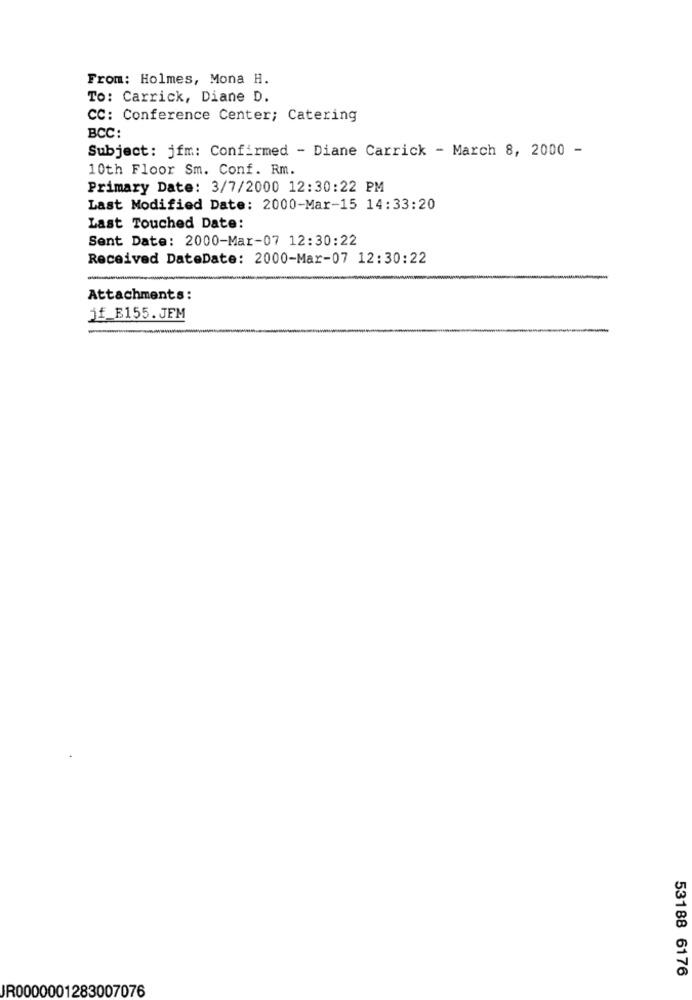
From: Holmes, Mona H.
To: Carrick, Diane D.
CC: Conference Center; Catering
BCC:
Subject: jfm: Confirmed - Diane Carrick - March 8, 2000 -
10th Floor Sm. Conf. Rm.
Primary Date: 3/7/2000 12:30:22 PM
Last Modified Date: 2000-Mar-15 14:33:20
Last Touched Date:
Sent Date: 2000-Mar-07 12:30:22
Received DateDate: 2000-Mar-07 12:30:22
Attachments:
jf_E155.JEM
53188 6176
JR0000001283007076